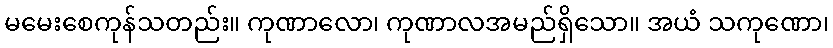
မမေးစေကုန်သတည်း။ ကုဏာလော၊ ကုဏာလအမည်ရှိသော။ အယံ သကုဏော၊